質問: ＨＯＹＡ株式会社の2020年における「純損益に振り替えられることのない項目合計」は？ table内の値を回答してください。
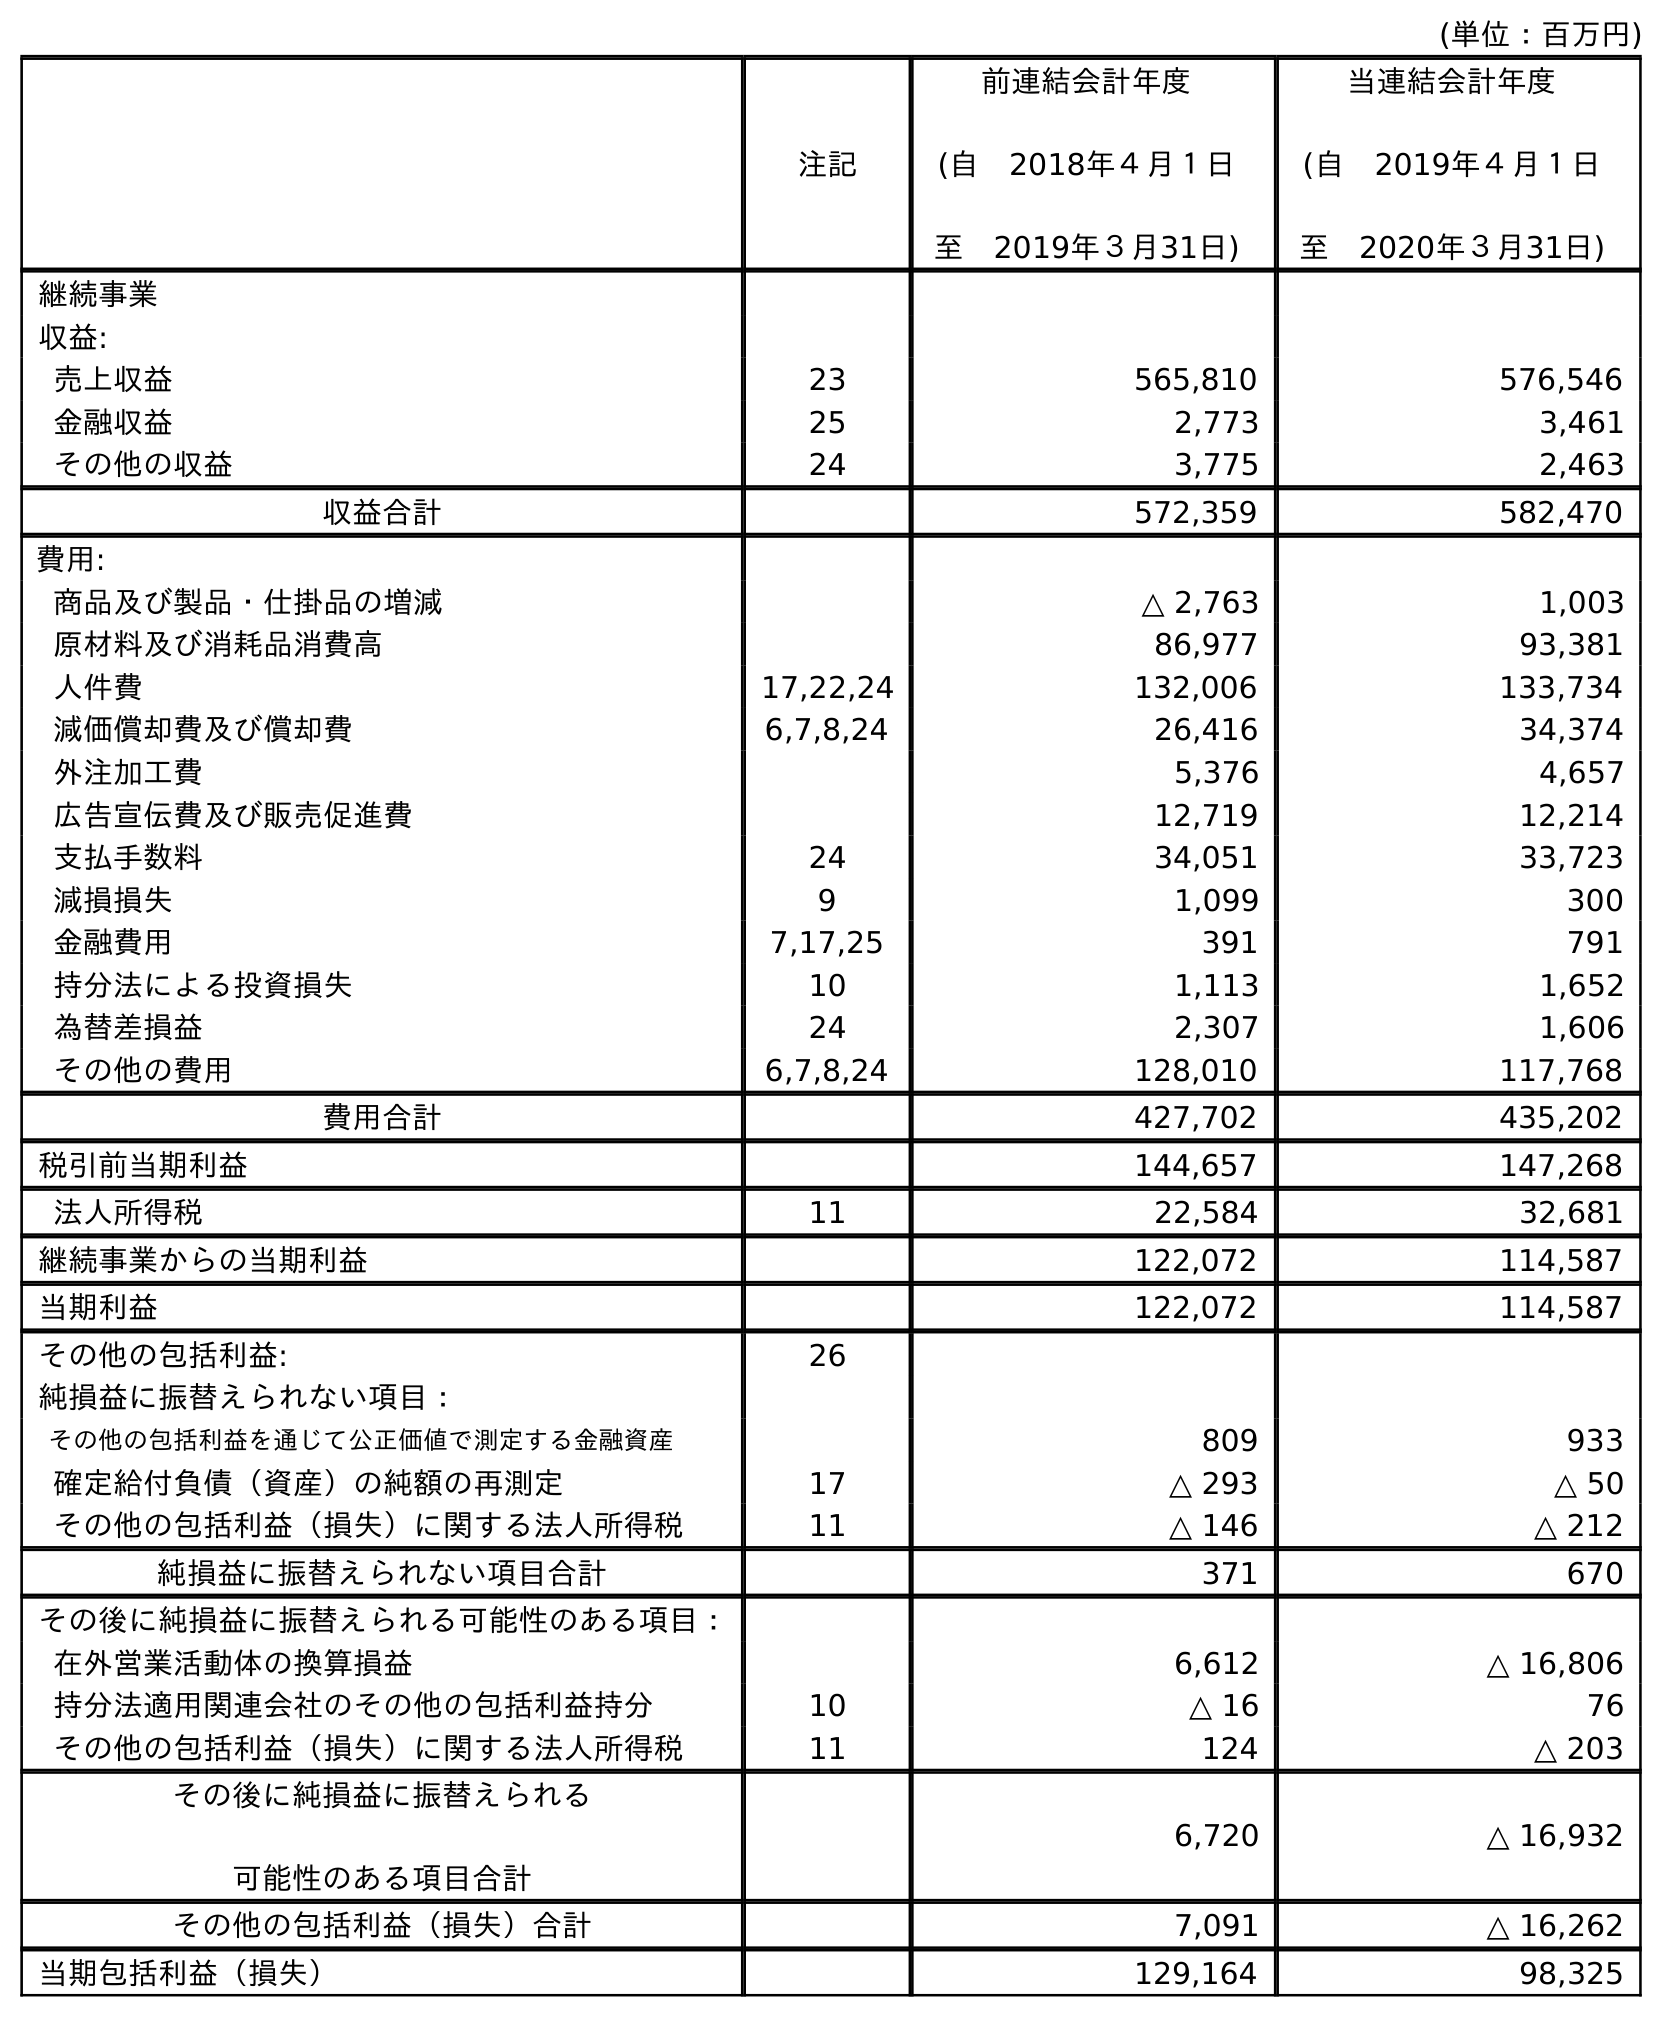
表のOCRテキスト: (単位：百万円) 注記 前連結会計年度 (自 2018年４月１日 至 2019年３月31日) 当連結会計年度 (自 2019年４月１日 至 2020年３月31日) 継続事業 収益: 売上収益 23 565,810 576,546 金融収益 25 2,773 3,461 その他の収益 24 3,775 2,463 収益合計 572,359 582,470 費用: 商品及び製品・仕掛品の増減 △ 2,763 1,003 原材料及び消耗品消費高 86,977 93,381 人件費 17,22,24 132,006 133,734 減価償却費及び償却費 6,7,8,24 26,416 34,374 外注加工費 5,376 4,657 広告宣伝費及び販売促進費 12,719 12,214 支払手数料 24 34,051 33,723 減損損失 9 1,099 300 金融費用 7,17,25 391 791 持分法による投資損失 10 1,113 1,652 為替差損益 24 2,307 1,606 その他の費用 6,7,8,24 128,010 117,768 費用合計 427,702 435,202 税引前当期利益 144,657 147,268 法人所得税 11 22,584 32,681 継続事業からの当期利益 122,072 114,587 当期利益 122,072 114,587 その他の包括利益: 26 純損益に振替えられない項目： その他の包括利益を通じて公正価値で測定する金融資産 809 933 確定給付負債（資産）の純額の再測定 17 △ 293 △ 50 その他の包括利益（損失）に関する法人所得税 11 △ 146 △ 212 純損益に振替えられない項目合計 371 670 その後に純損益に振替えられる可能性のある項目： 在外営業活動体の換算損益 6,612 △ 16,806 持分法適用関連会社のその他の包括利益持分 10 △ 16 76 その他の包括利益（損失）に関する法人所得税 11 124 △ 203 その後に純損益に振替えられる 可能性のある項目合計 6,720 △ 16,932 その他の包括利益（損失）合計 7,091 △ 16,262 当期包括利益（損失） 129,164 98,325
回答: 670